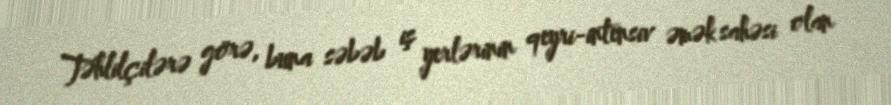
Təhlilçilərə görə, buna səbəb iş yerlərinin qeyri-intensiv əmək sahəsi olan